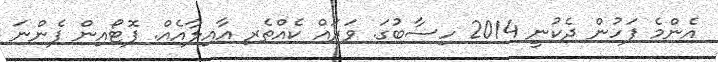
އެންމެ ފަހުން ދެކުނީ 2014 ހިސާބުގަ. ވަރައް ކެއްތެރި އާއިލާއެއް. ފޮޓޯއިން ފެންނަ